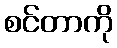
စင်တာကို